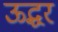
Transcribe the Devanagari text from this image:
ऊद्धर